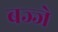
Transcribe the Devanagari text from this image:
बज्जे